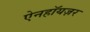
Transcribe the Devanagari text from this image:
ऐनहॉयज़र